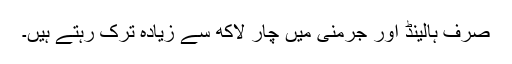
صرف ہالینڈ اور جرمنی میں چار لاکھ سے زیادہ ترک رہتے ہیں۔